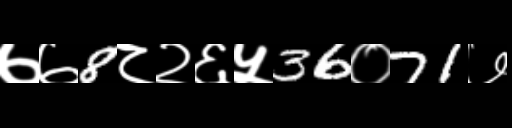
Text: ७७8८२६५36०71७